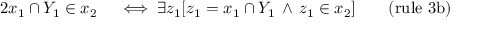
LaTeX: \begin{array} { r l r l } { { 2 } x _ { 1 } \cap Y _ { 1 } \in x _ { 2 } } & { { } \iff \exists z _ { 1 } [ z _ { 1 } = x _ { 1 } \cap Y _ { 1 } \, \land \, z _ { 1 } \in x _ { 2 } ] } & { } & { { } { \mathrm { ( r u l e ~ 3 b ) } } } \end{array}